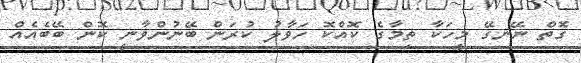
ގޮތް ނޭނގޭ މީހަކާ ތިމާގެ ކޮއްކޮ ހަވާލު ކުރަން ބޭނުންވާނީ ކޮން ބޭބެއެއް